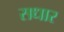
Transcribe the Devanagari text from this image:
सधार